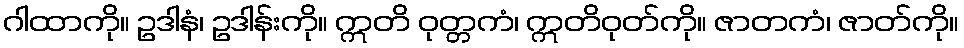
ဂါထာကို။ ဥဒါနံ၊ ဥဒါန်းကို။ ဣတိ ဝုတ္တကံ၊ ဣတိဝုတ်ကို။ ဇာတကံ၊ ဇာတ်ကို။